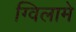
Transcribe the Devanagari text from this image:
ग्विलामे